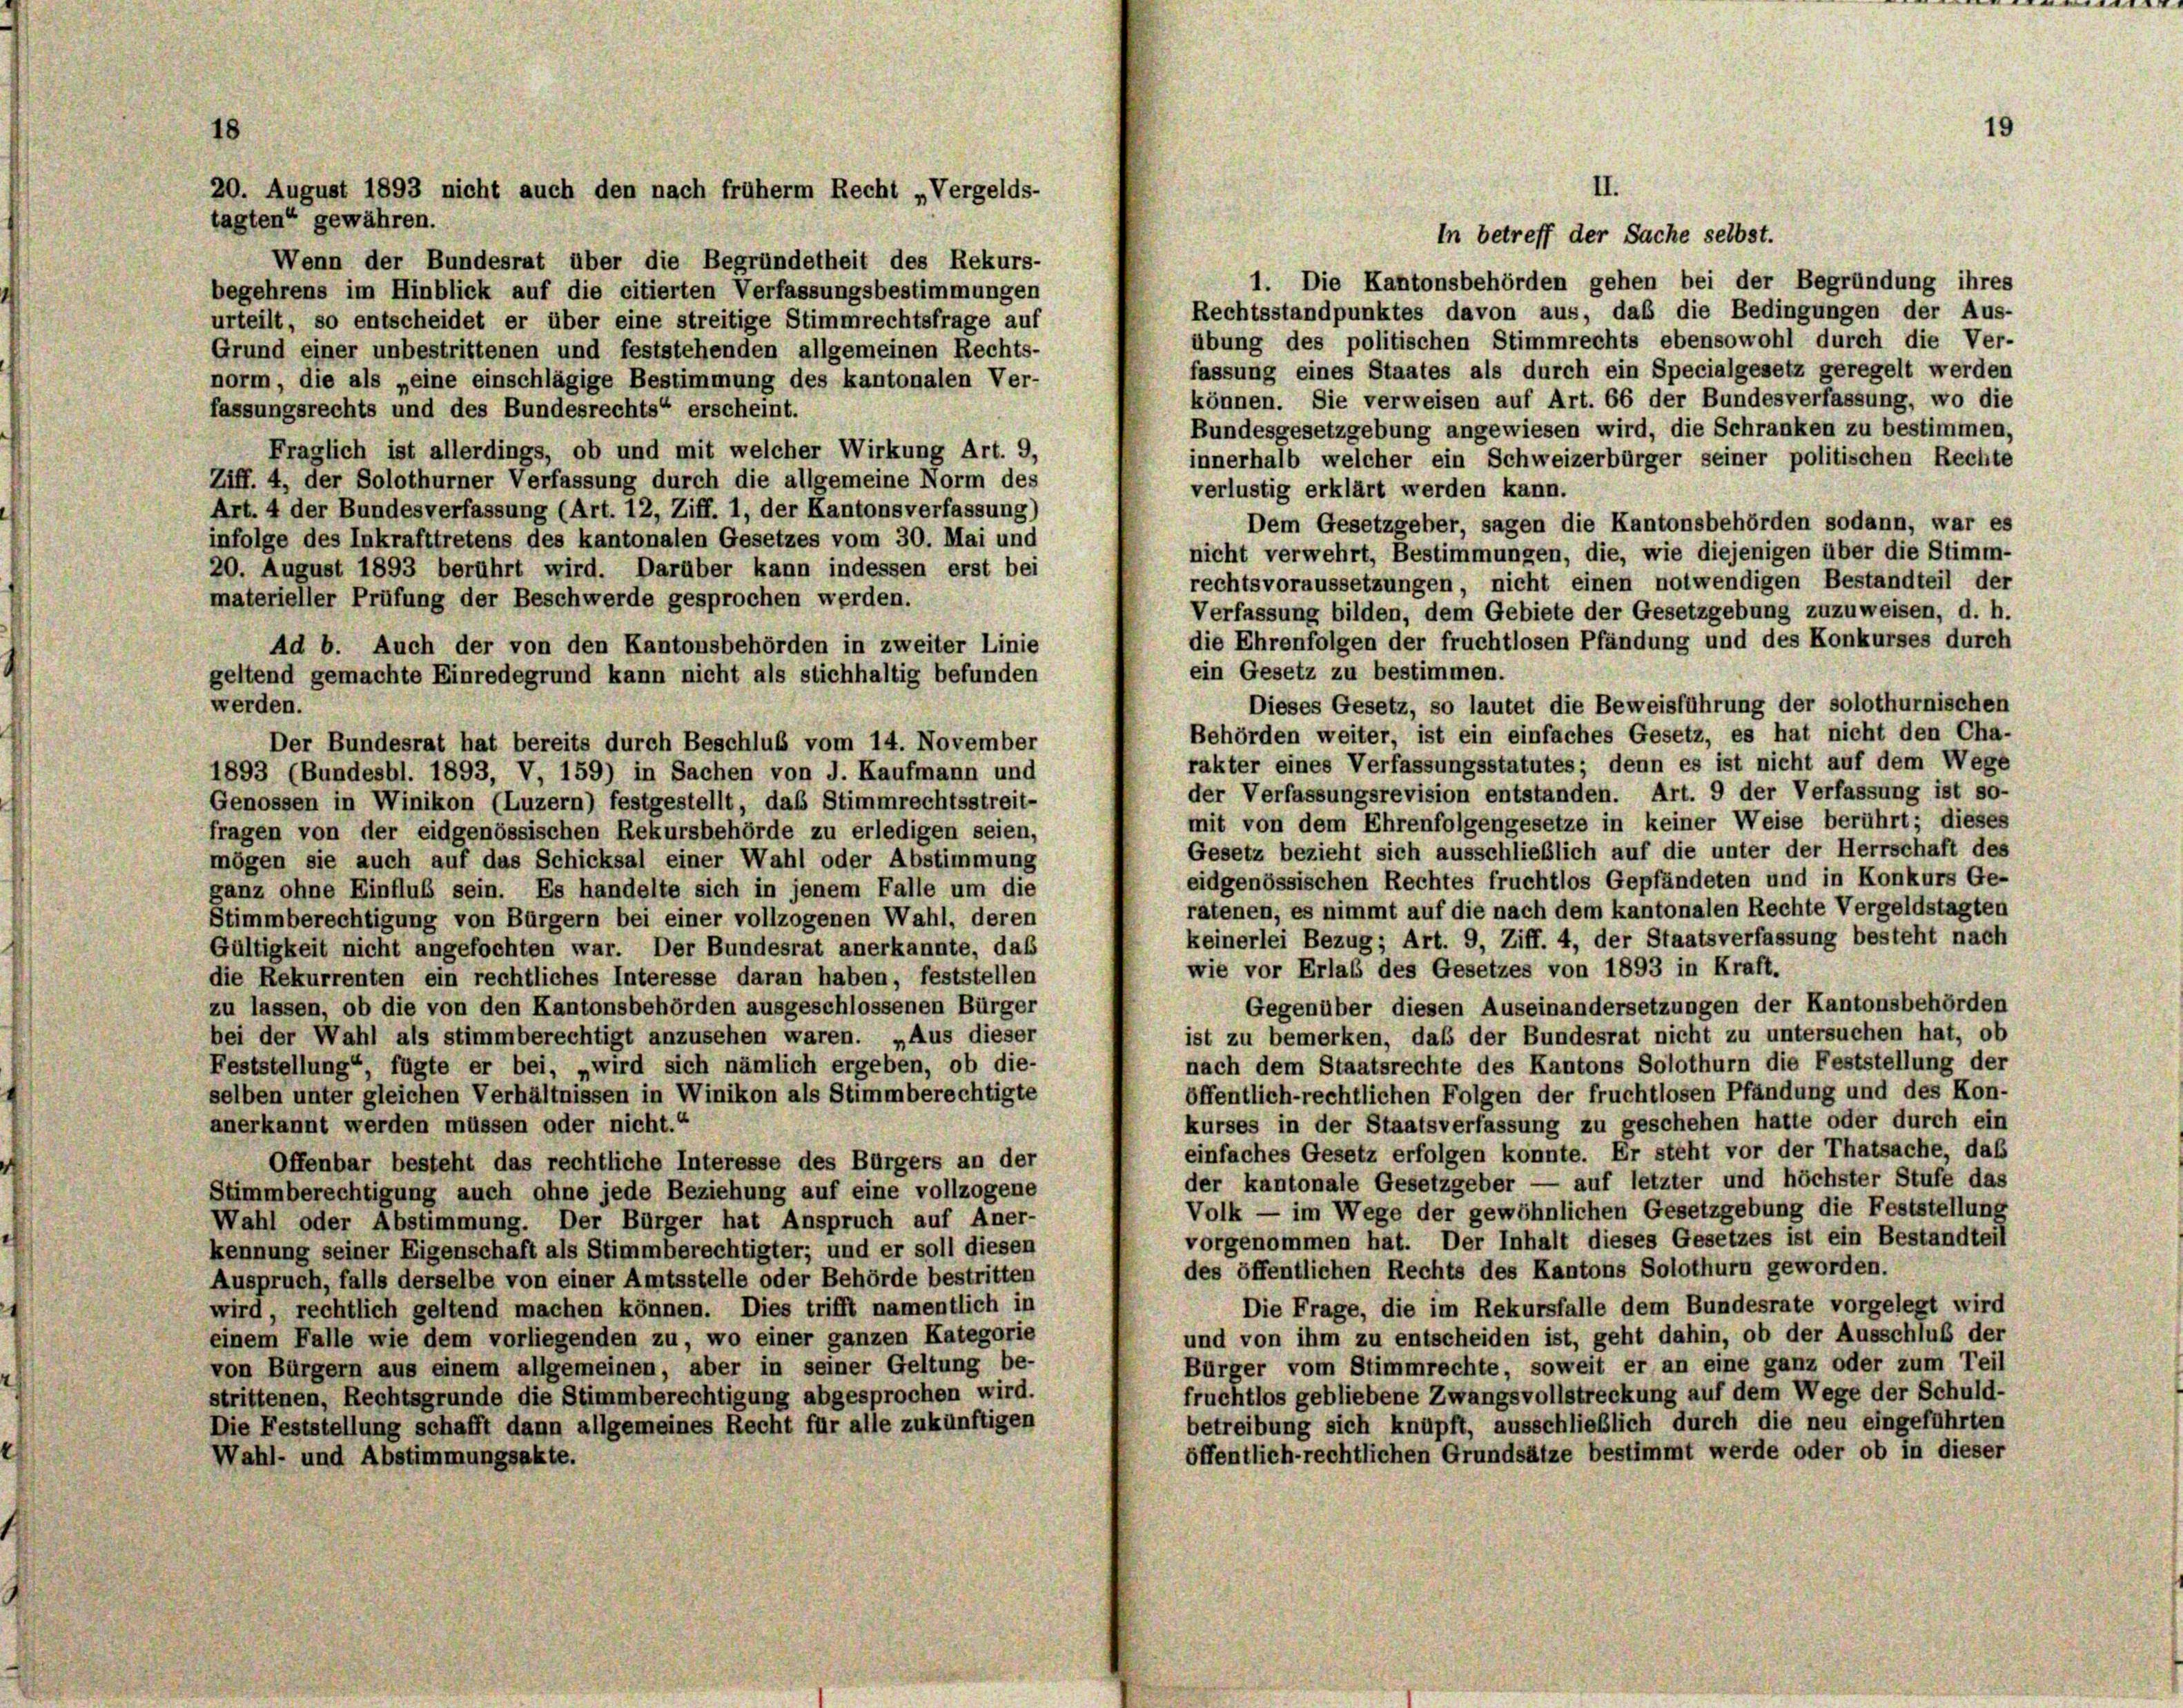
II.
tagten“ gewähren.
In betreff der Sache selbst.
Wenn der Bundesrat über die Begründetheit des Rekurs-
1. Die Kantonsbehörden gehen bei der Begründung ihres
begehrens im Hinblick auf die citierten Verfassungsbestimmungen
Rechtsstandpunktes davon aus, daß die Bedingungen der Aus-
urteilt, so entscheidet er über eine streitige Stimmrechtsfrage auf
übung des politischen Stimmrechts ebensowohl durch die Ver-
Grund einer unbestrittenen und feststehenden allgemeinen Rechts-
fassung eines Staates als durch ein Specialgesetz geregelt werden
norm, die als „eine einschlägige Bestimmung des kantonalen Ver-
können. Sie verweisen auf Art. 66 der Bundesverfassung, wo die
fassungsrechts und des Bundesrechts“ erscheint.
Bundesgesetzgebung angewiesen wird, die Schranken zu bestimmen.
Fraglich ist allerdings, ob und mit welcher Wirkung Art. 9,
innerhalb welcher ein Schweizerbürger seiner politischen Rechte
Ziff. 4, der Solothurner Verfassung durch die allgemeine Norm des
verlustig erklärt werden kann.
Art. 4 der Bundesverfassung (Art. 12, Ziff. 1, der Kantonsverfassung)
Dem Gesetzgeber, sagen die Kantonsbehörden sodann, war es
infolge des Inkrafttretens des kantonalen Gesetzes vom 30. Mai und
nicht verwehrt, Bestimmungen, die, wie diejenigen über die Stimm-
20. August 1893 berührt wird. Darüber kann indessen erst bei
rechtsvoraussetzungen, nicht einen notwendigen Bestandteil der
materieller Prüfung der Beschwerde gesprochen werden.
Verfassung bilden, dem Gebiete der Gesetzgebung zuzuweisen, d. h.
die Ehrenfolgen der fruchtlosen Pfändung und des Konkurses durch
Ad b. Auch der von den Kantonsbehörden in zweiter Linie
ein Gesetz zu bestimmen.
geltend gemachte Einredegrund kann nicht als stichhaltig befunden
Dieses Gesetz, so lautet die Beweisführung der solothurnischen
werden.
Behörden weiter, ist ein einfaches Gesetz, es hat nicht den Cha-
Der Bundesrat hat bereits durch Beschluß vom 14. November
rakter eines Verfassungsstatutes; denn es ist nicht auf dem Wege
1893 (Bundesbl. 1893, V, 159) in Sachen von J. Kaufmann und
der Verfassungsrevision entstanden. Art. 9 der Verfassung ist so-
Genossen in Winikon (Luzern) festgestellt, das Stimmrechtsstreit-
mit von dem Ehrenfolgengesetze in keiner Weise berührt; dieses
fragen von der eidgenössischen Rekursbehörde zu erledigen seien,
Gesetz bezieht sich ausschließlich auf die unter der Herrschaft des
mögen sie auch auf das Schicksal einer Wahl oder Abstimmung
eidgenössischen Rechtes fruchtlos Gepfändeten und in Konkurs Ge-
ganz ohne Einfluß sein. Es handelte sich in jenem Falle um die
ratenen, es nimmt auf die nach dem kantonalen Rechte Vergeldstagten
Stimmberechtigung von Bürgern bei einer vollzogenen Wahl, deren
keinerlei Bezug; Art. 9, Ziff. 4, der Staatsverfassung besteht nach
Gültigkeit nicht angefochten war. Der Bundesrat anerkannte, daß
wie vor Erlaß des Gesetzes von 1893 in Kraft.
die Rekurrenten ein rechtliches Interesse daran haben, feststellen
Gegenüber diesen Auseinandersetzungen der Kantonsbehörden
zu lassen, ob die von den Kantonsbehörden ausgeschlossenen Bürger
ist zu bemerken, daß der Bundesrat nicht zu untersuchen hat, ob
bei der Wahl als stimmberechtigt anzusehen waren. „Aus dieser
nach dem Staatsrechte des Kantons Solothurn die Feststellung der
Feststellung“ fügte er bei, „wird sich nämlich ergeben, ob die-
öffentlich-rechtlichen Folgen der fruchtlosen Pfändung und des Kon-
selben unter gleichen Verhältnissen in Winikon als Stimmberechtigte
kurses in der Staatsverfassung zu geschehen hatte oder durch ein
anerkannt werden müssen oder nicht.“
einfaches Gesetz erfolgen konnte. Er steht vor der Thatsache, daß
Offenbar besteht das rechtliche Interesse des Bürgers an der
der kantonale Gesetzgeber — auf letzter und höchster Stufe das
Stimmberechtigung auch ohne jede Beziehung auf eine vollzogene
Volk — im Wege der gewöhnlichen Gesetzgebung die Feststellung
Wahl oder Abstimmung. Der Bürger hat Anspruch auf Aner-
vorgenommen hat. Der Inhalt dieses Gesetzes ist ein Bestandteil
kennung seiner Eigenschaft als Stimmberechtigter; und er soll diesen
des öffentlichen Rechts des Kantons Solothurn geworden.
Auspruch, falls derselbe von einer Amtsstelle oder Behörde bestritten
Die Frage, die im Rekursfalle dem Bundesrate vorgelegt wird
wird, rechtlich geltend machen können. Dies trifft namentlich in
und von ihm zu entscheiden ist, geht dahin, ob der Ausschluß der
einem Falle wie dem vorliegenden zu, wo einer ganzen Kategorie
Bürger vom Stimmrechte, soweit er an eine ganz oder zum Teil
von Bürgern aus einem allgemeinen, aber in seiner Geltung be-
fruchtlos gebliebene Zwangsvollstreckung auf dem Wege der Schuld-
strittenen, Rechtsgrunde die Stimmberechtigung abgesprochen wird.
betreibung sich knüpft, ausschließlich durch die neu eingeführten
Die Feststellung schafft dann allgemeines Recht für alle zukünftigen
öffentlich-rechtlichen Grundsätze bestimmt werde oder ob in dieser
Wahl- und Abstimmungsakte.

20. August 1893 nicht auch den nach früher Recht „Vergelds-

19